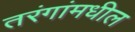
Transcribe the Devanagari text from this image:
तरंगांमधील